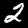
Digit: 2